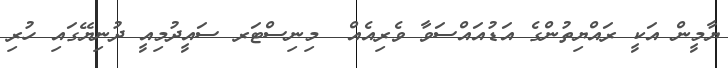
ޔާމީން އަކީ ރައްޔިތުންގެ އަޑުއައްސަވާ ވެރިއެއް  މިނިސްޓަރ ސައީދުމިއީ ދުނިޔޭގައި ހުރި